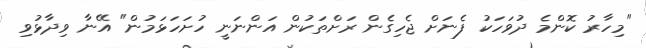
"މިހާރު ކޮންމެ ދުވަހަކު ފެނަށް ޖެހިގެން ރަށްތަކުން އަންނަނީ ހުށަހަޅަމުން" އޭނާ ވިދާޅުވި